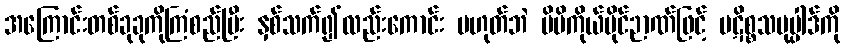
အကြောင်းတစ်ခုခုကိုကြံစည်ပြီး နှစ်သက်၍လည်းကောင်း မဟုတ်ဘဲ မိမိကိုယ်ပိုင်ဉာဏ်ဖြင့် ပဋိစ္စသမုပ္ပါဒ်ကို